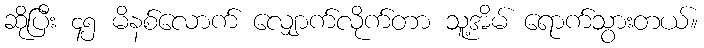
ဆိုပြီး ၄၅ မိနစ်လောက် လျှောက်လိုက်တာ သူ့အိမ် ရောက်သွားတယ်။